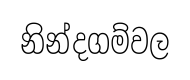
නින්දගම්වල